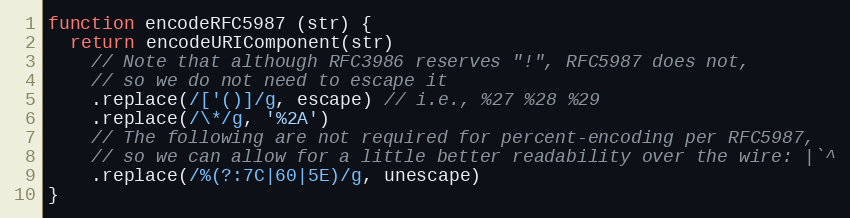
Language: JavaScript
function encodeRFC5987 (str) {
  return encodeURIComponent(str)
    // Note that although RFC3986 reserves "!", RFC5987 does not,
    // so we do not need to escape it
    .replace(/['()]/g, escape) // i.e., %27 %28 %29
    .replace(/\*/g, '%2A')
    // The following are not required for percent-encoding per RFC5987,
    // so we can allow for a little better readability over the wire: |`^
    .replace(/%(?:7C|60|5E)/g, unescape)
}